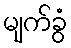
မျက်ခွံ